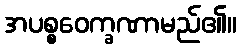
အပစ္စဝေက္ခဏာမည်၏။